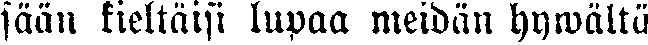
sään kieltäisi lupaa meidän hywältä